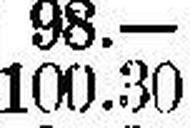
100.30